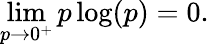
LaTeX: \operatorname*{lim}_{p\to 0^{+}}p\log(p)=0.